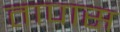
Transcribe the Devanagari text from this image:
तापास